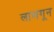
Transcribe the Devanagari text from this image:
लालगून